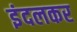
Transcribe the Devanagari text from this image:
इंदलकर